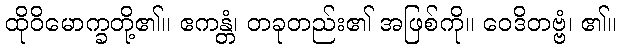
ထိုဝိမောက္ခတို့၏။ ဧကန္တံ၊ တခုတည်း၏ အဖြစ်ကို။ ဝေဒိတဗ္ဗံ၊ ၏။